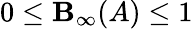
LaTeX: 0\le\mathbf{B}_{\infty}(A)\le1